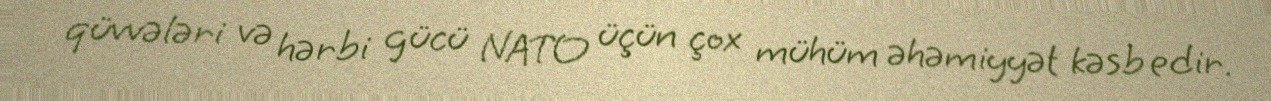
qüvvələri və hərbi gücü NATO üçün çox mühüm əhəmiyyət kəsb edir.